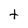
Character: t